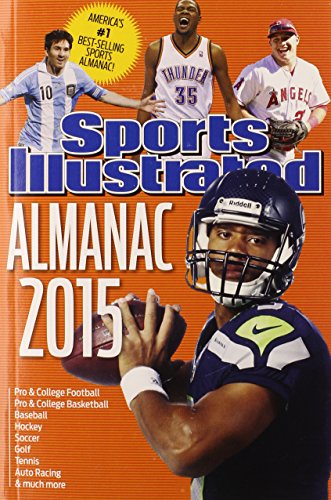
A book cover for Sports Illustrated Almanac 2015 (Sports Illustrated Sports Almanac); Editors of Sports Illustrated; Reference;